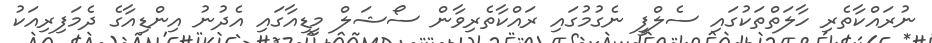
ނުރައްކާތެރި ހާލަތްތަކުގައި ސެލްފީ ނެގުމުގައި ރައްކާތެރިވާން ސޯޝަލް މީޑިއާގައި އެދުނު އިންޑިއާގެ ދެމަފިރިއަކު